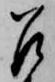
召